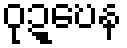
ဝုဍ္ဎေန